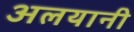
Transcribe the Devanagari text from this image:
अलयानी